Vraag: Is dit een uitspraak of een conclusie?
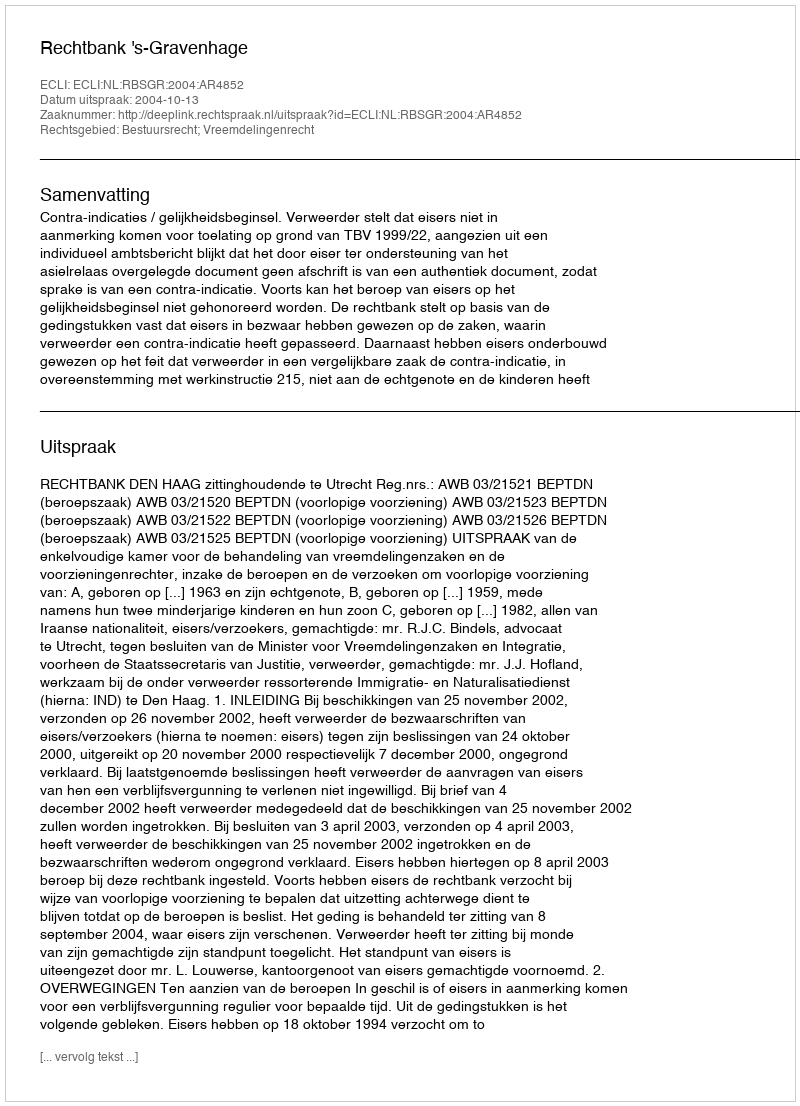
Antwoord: Uitspraak